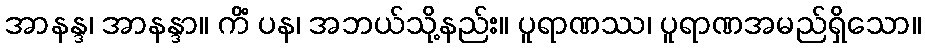
အာနန္ဒ၊ အာနန္ဒာ။ ကိံ ပန၊ အဘယ်သို့နည်း။ ပူရာဏဿ၊ ပူရာဏအမည်ရှိသော။